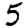
Digit: 5